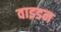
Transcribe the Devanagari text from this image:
वाइडन